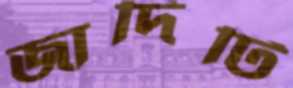
জাদিটি